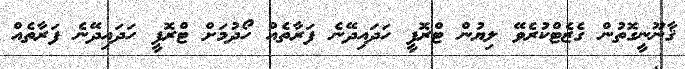
ޤާނޫނީގޮތުން ގެޒެޓްކުރެވޭ ލިޔުން ޓްރޮފީ ހަދައިދޭނެ ފަރާތެއް ހޯދުމަށް ޓްރޮފީ ހަދައިދޭނެ ފަރާތެއް